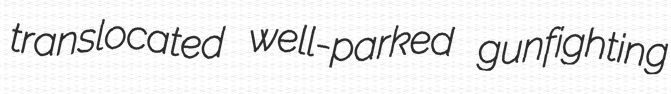
translocated well-parked gunfighting